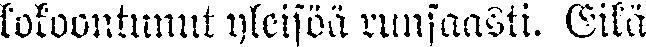
kokoontunut yleisöä runsaasti. Eikä